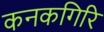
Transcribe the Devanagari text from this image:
कनकगिरि